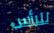
للرأس